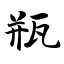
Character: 瓶